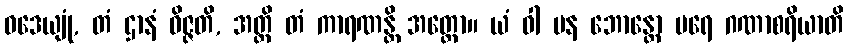
ဝဒေယျုံ, တံ ဌာနံ ဝိဇ္ဇတိ, အတ္ထိ တံ ကာရဏန္တိ အတ္ထော။ ယံ ဝါ ပန ဘောန္တော ပရေ ဂဏာစရိယာတိ